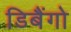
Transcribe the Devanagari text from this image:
डिबैंगो